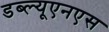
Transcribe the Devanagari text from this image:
डब्ल्यूएनएस